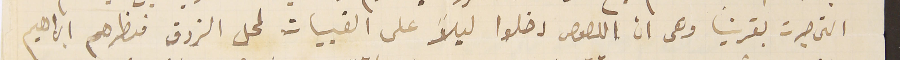
التي جرت بقريتنا وهى ان اللصوص دخلوا ليلاً على القبيات لمحل الزوق فنظرهم ابراهيم